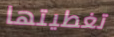
تغطيتها